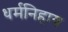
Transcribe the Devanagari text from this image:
धर्मनिहाय